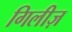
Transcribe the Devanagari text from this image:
गिलीज़